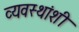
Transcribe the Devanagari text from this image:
व्यवस्थांशी